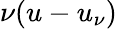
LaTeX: \nu(u-u_{\nu})